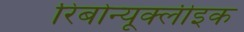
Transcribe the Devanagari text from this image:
रिबोन्यूक्लीइक